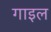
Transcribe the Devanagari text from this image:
गाइल